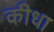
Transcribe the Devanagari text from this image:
कीधा